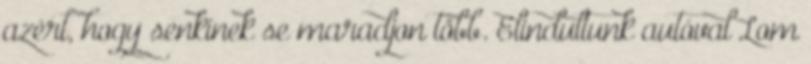
azért, hogy senkinek se maradjon több. Elindultunk autóval Lom